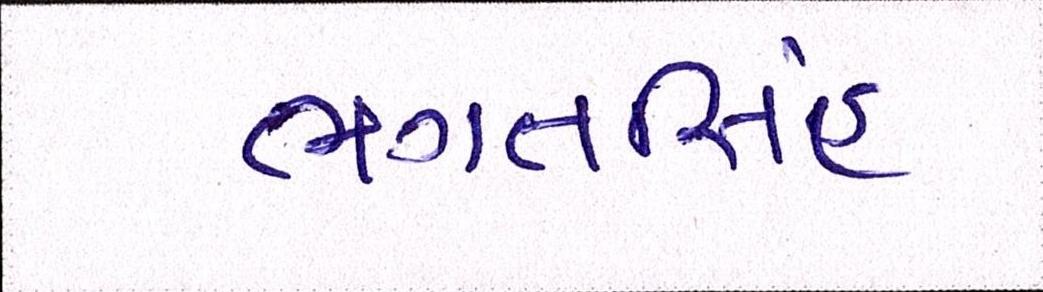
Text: ભગતસિંહ